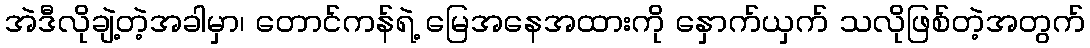
အဲဒီလိုချဲ့တဲ့အခါမှာ၊ တောင်ကန်ရဲ့ မြေအနေအထားကို နှောက်ယှက် သလိုဖြစ်တဲ့အတွက်